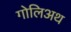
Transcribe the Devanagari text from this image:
गोलिअथ